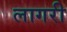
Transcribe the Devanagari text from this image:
लागरी